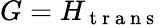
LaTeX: G=H_{\mathrm{~t~r~a~n~s~}}